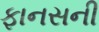
ફાનસની